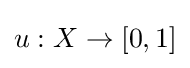
u:X\rightarrow [0,1]